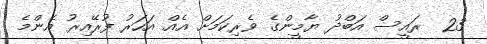
23  ރައީސް އަބްދު ޔާމީންގެ ވެރިކަމަށް އެއް އަހަރު ފުރޭއިރު އެންމެ